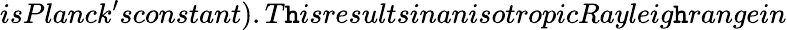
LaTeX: isPlanck^{\prime}sconstant).T\mathtt{h}isresultsinanisotropicRayleig\mathtt{h}rangein